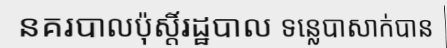
នគរបាលប៉ុស្តិ៍រដ្ឋបាល ទន្លេបាសាក់បាន